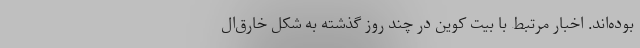
بوده‌اند. اخبار مرتبط با بیت کوین در چند روز گذشته به شکل خارق‌ال